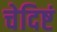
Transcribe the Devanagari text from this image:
चेदिष्टं